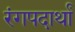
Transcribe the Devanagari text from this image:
रंगपदार्थां